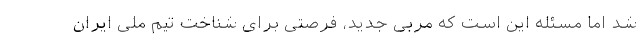
شد اما مسئله این است که مربی جدید، فرصتی برای شناخت تیم ملی ایران